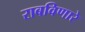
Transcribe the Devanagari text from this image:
राबविणारे